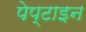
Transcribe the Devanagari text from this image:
पेप्टाइन